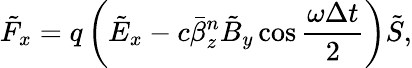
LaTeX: \tilde{F}_{x}=q\left(\tilde{E}_{x}-c\bar{\beta}_{z}^{n}\tilde{B}_{y}\cos\frac{\omega\Delta t}{2}\right)\tilde{S},